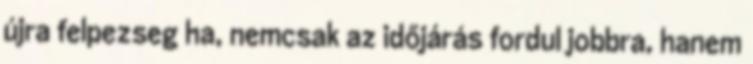
újra felpezseg ha, nemcsak az időjárás fordul jobbra, hanem